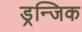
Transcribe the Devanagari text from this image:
ड्रन्जिक